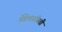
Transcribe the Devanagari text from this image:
मेंडेलसॉनची